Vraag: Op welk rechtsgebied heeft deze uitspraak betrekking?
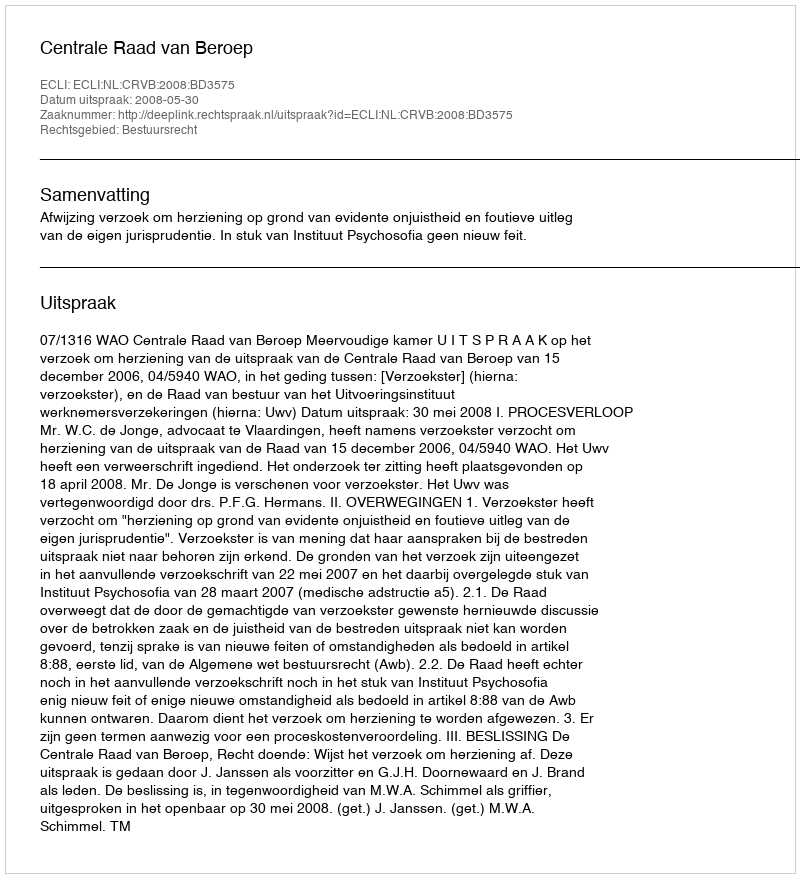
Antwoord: Bestuursrecht